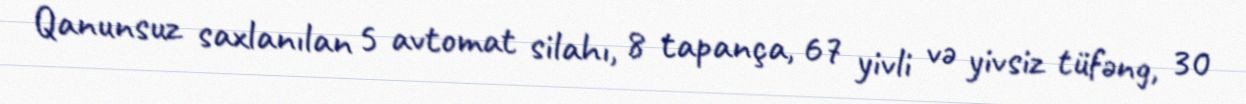
Qanunsuz saxlanılan 5 avtomat silahı, 8 tapança, 67 yivli və yivsiz tüfəng, 30